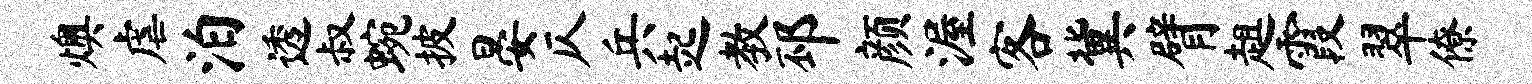
燠虐泊透叔蜿披晏仄兵起教邳颜渥客冀臂趄霞翠僚